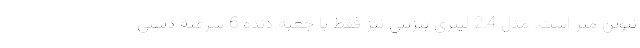
نیوتن متر است. مدل 2.4 لیتری بنزینی نیز فقط با جعبه دنده 6 سرعته دستی